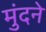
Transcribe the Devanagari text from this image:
मुंदने